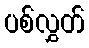
ပစ်လွှတ်